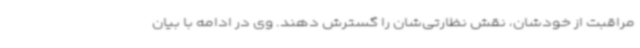
مراقبت از خودشان، نقش نظارتی‌شان را گسترش دهند. وی در ادامه با بیان